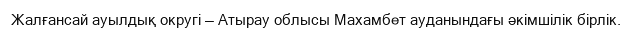
Жалғансай ауылдық округі — Атырау облысы Махамбет ауданындағы әкімшілік бірлік.